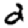
Digit: 2